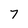
Character: 7